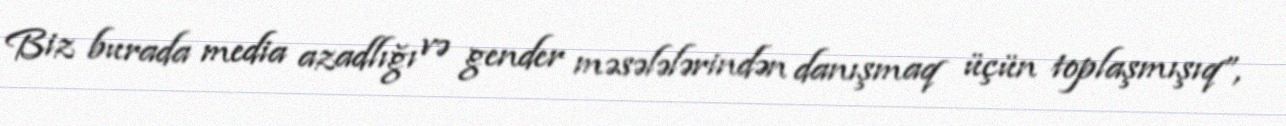
Biz burada media azadlığı və gender məsələlərindən danışmaq üçün toplaşmışıq”,